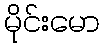
မိုင်းမော